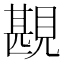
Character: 𧡪